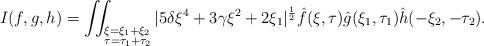
LaTeX: \begin{align*} I(f,g,h)=\iint_{\begin{subarray}{l}\\ \xi=\xi_{1}+\xi_{2}\\ \tau=\tau_{1}+\tau_{2} \end {subarray}} | 5\delta \xi^{4}+3\gamma \xi^{2} +2 \xi_1 |^{\frac{1}{2}} \hat{f}(\xi, \tau)\hat{g}(\xi_1, \tau_1)\hat{h}(-\xi_{2}, -\tau_{2}).\end{align*}